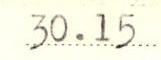
30.15